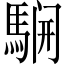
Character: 𲉈